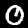
Digit: 0